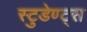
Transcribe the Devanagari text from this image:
स्टुडेण्ट्स